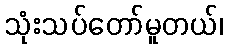
သုံးသပ်တော်မူတယ်၊